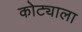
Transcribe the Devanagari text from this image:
कोट्याला